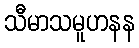
သီမာသမူဟနန